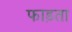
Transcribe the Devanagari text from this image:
फाड़ता